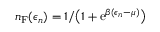
n _ { \mathrm { F } } ( \epsilon _ { n } ) = 1 / \big ( 1 + \mathrm { e } ^ { \beta ( \epsilon _ { n } - \mu ) } \big )